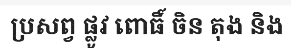
ប្រសព្វ ផ្លូវ ពោធិ៍ ចិន តុង និង